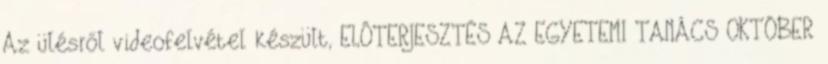
Az ülésről videofelvétel készült, ELŐTERJESZTÉS AZ EGYETEMI TANÁCS OKTÓBER